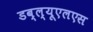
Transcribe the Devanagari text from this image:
डब्ल्यूएलएस